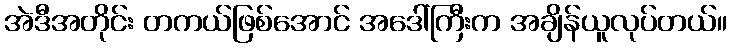
အဲဒီအတိုင်း တကယ်ဖြစ်အောင် အဒေါ်ကြီးက အချိန်ယူလုပ်တယ်။